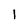
Character: 1